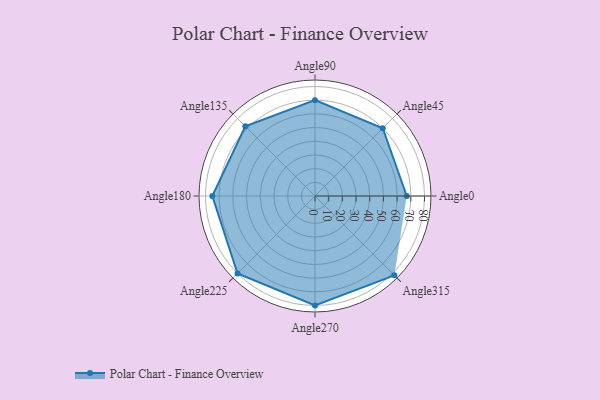
{"axis": {"x": "Angle", "y": "Radius"}, "legend": [""], "data": [{"x": "Angle0", "y": 67.0, "type": ""}, {"x": "Angle45", "y": 70.0, "type": ""}, {"x": "Angle90", "y": 70.0, "type": ""}, {"x": "Angle135", "y": 72.0, "type": ""}, {"x": "Angle180", "y": 75.0, "type": ""}, {"x": "Angle225", "y": 80.0, "type": ""}, {"x": "Angle270", "y": 80.0, "type": ""}, {"x": "Angle315", "y": 82.0, "type": ""}]}